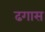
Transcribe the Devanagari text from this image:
ढगास